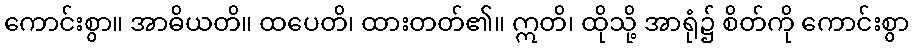
ကောင်းစွာ။ အာဓိယတိ။ ထပေတိ၊ ထားတတ်၏။ ဣတိ၊ ထိုသို့ အာရုံ၌ စိတ်ကို ကောင်းစွာ